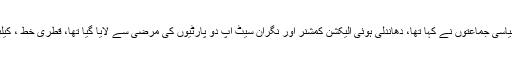
انھوں نے کہا کہ 2013 کےالیکشن میں22سیاسی جماعتوں نے کہا تھا، دھاندلی ہوئی الیکشن کمشنر اور نگران سیٹ اپ دو پارٹیوں کی مرضی سے لایا گیا تھا، قطری خط ، کیلبری فونٹ اور جعلسازی پر جیل ہونی چاہئے۔